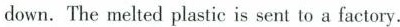
down. The melted plastic is sent to a factory.